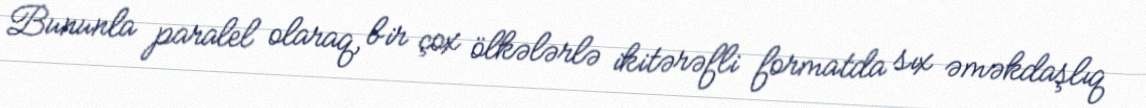
Bununla paralel olaraq, bir çox ölkələrlə ikitərəfli formatda sıx əməkdaşlıq